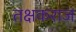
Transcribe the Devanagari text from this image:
तक्षकराज